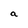
Character: a